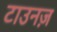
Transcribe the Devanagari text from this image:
टाउनज़